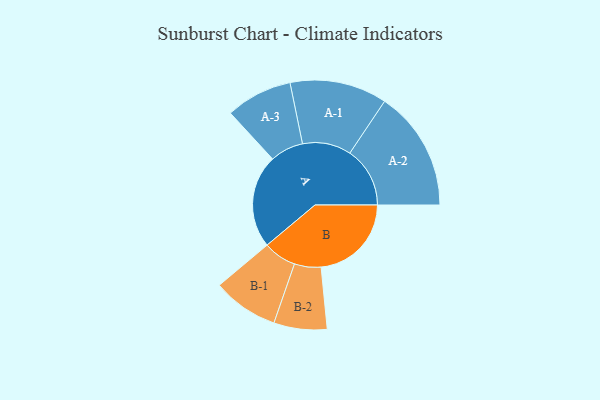
{"axis": {"x": "Segment", "y": "Value"}, "legend": ["", "A", "B"], "data": [{"x": "A", "y": 390, "type": ""}, {"x": "B", "y": 377, "type": ""}, {"x": "A-1", "y": 203, "type": "A"}, {"x": "A-2", "y": 251, "type": "A"}, {"x": "A-3", "y": 139, "type": "A"}, {"x": "B-1", "y": 138, "type": "B"}, {"x": "B-2", "y": 111, "type": "B"}]}